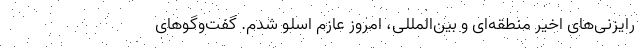
رایزنی‌های اخیر منطقه‌ای و بین‌المللی، امروز عازم اسلو شدم. گفت‌وگوهای